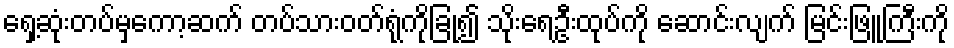
ရှေ့ဆုံးတပ်မှကော့ဆက် တပ်သားဝတ်ရုံကိုခြုံ၍ သိုးရေဦးထုပ်ကို ဆောင်းလျက် မြင်းဖြူကြီးကို